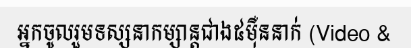
អ្នកចូលរួមទស្សនាកម្សាន្តជាង៥ម៉ឺននាក់ (Video &